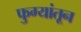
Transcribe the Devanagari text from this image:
फुग्यांतून